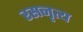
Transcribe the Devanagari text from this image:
रसनृत्य